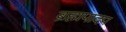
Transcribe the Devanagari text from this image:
ब्रह्मपादप